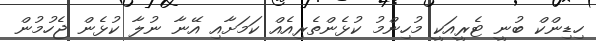
ހިޑިންކް ބުނީ ޓެރީއަކީ މުހިންމު ކުޅެންތެރިއެއް ކަމަށާއި އޭނާ ނުލާ ކުޅެން ޖެހުމުން